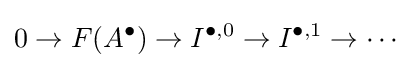
0\to F(A^{\bullet })\to I^{\bullet ,0}\to I^{\bullet ,1}\to \cdots